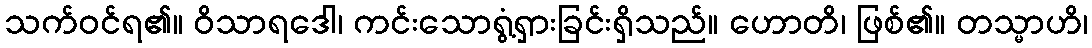
သက်ဝင်ရ၏။ ဝိသာရဒေါ၊ ကင်းသောရွံ့ရှားခြင်းရှိသည်။ ဟောတိ၊ ဖြစ်၏။ တသ္မာဟိ၊